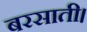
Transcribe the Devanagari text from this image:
बरसाती।